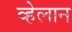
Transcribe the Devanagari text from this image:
व्हेलान